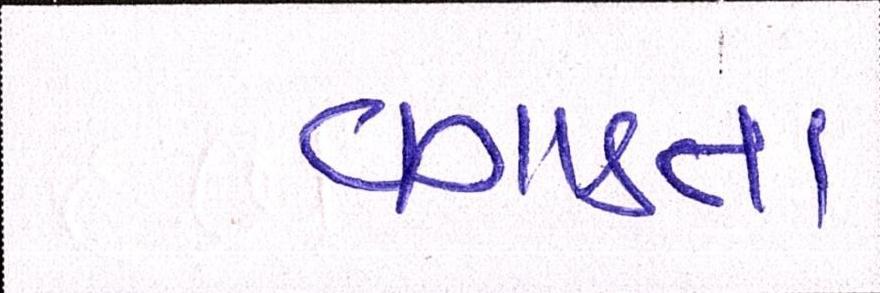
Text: વગાડતા